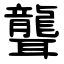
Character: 聾